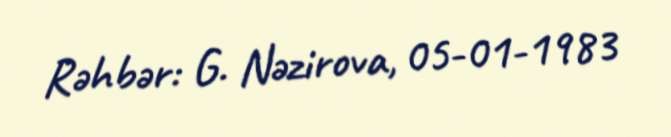
Rəhbər: G. Nəzirova, 05-01-1983